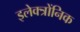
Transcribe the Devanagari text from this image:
इलेक्त्रोंनिक